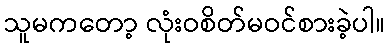
သူမကတော့ လုံးဝစိတ်မဝင်စားခဲ့ပါ။